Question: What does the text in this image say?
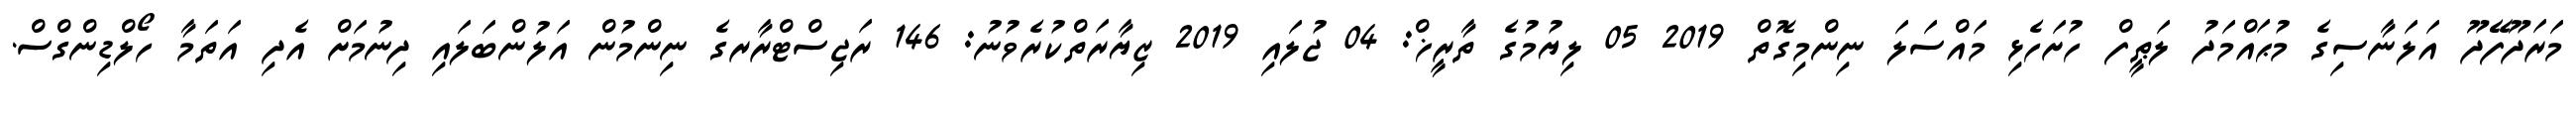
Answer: މަރަދޫފޭދޫ އަލަނާސިގެ މުޙައްމަދު ލަޠީފް ހުށަހެޅި މައްސަލަ ނިންމިގޮތް 2019 05 ލިޔުމުގެ ތާރީޚް: 04 ޖުލައި 2019 ޒިޔާރަތްކުރެވުނު: 146 ރަޖިސްޓްރާރގެ ނިންމުން އަލުންބަލައި ދިނުމަށް އެދި އަތަމާ ހޯލްޑިންގްސް.